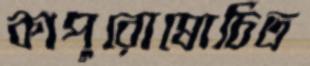
কাপুরোষোচিত